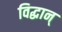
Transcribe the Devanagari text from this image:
विद्धान्‌